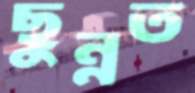
ছুন্নত